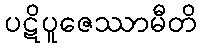
ပဋိပူဇေဿာမီတိ